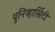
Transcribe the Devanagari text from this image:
युनिव्हार्सिटी